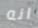
انه